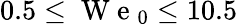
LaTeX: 0.5\le\mathrm{~W~e~}_{0}\le 10.5